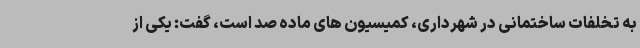
به تخلفات ساختمانی در شهرداری، کمیسیون های ماده صد است، گفت: یکی از